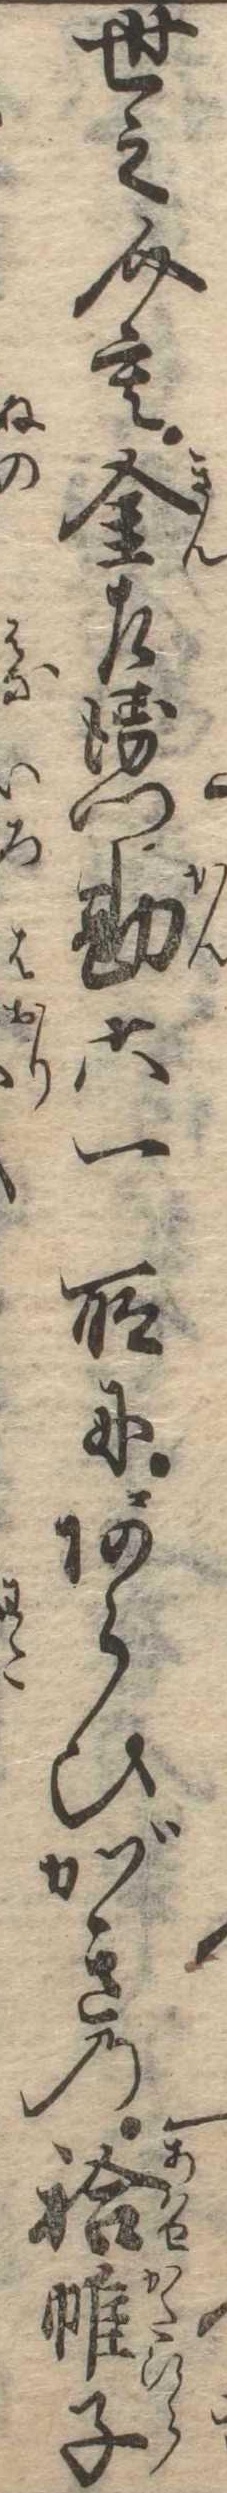
世之介も金左衛門勘六一所にあらひがきの袷帷子